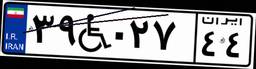
۳۹W۰۲۷۴۴